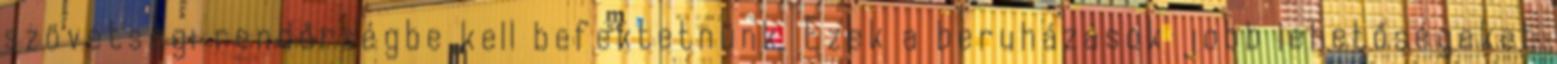
szövetségi rendőrségbe kell befektetnünk. Ezek a beruházások jobb lehetőségeket